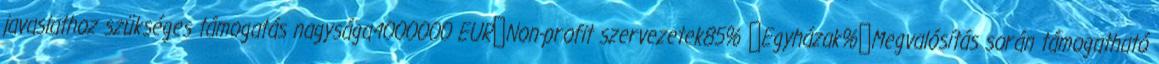
javaslathoz szükséges támogatás nagysága4000000 EUR▪Non-profit szervezetek85% ▪Egyházak%▪Megvalósítás során támogatható